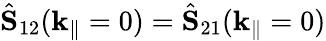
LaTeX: \hat{\mathbf{S}}_{12}(\mathbf{k}_{\| }=0)=\hat{\mathbf{S}}_{21}(\mathbf{k}_{\| }=0)